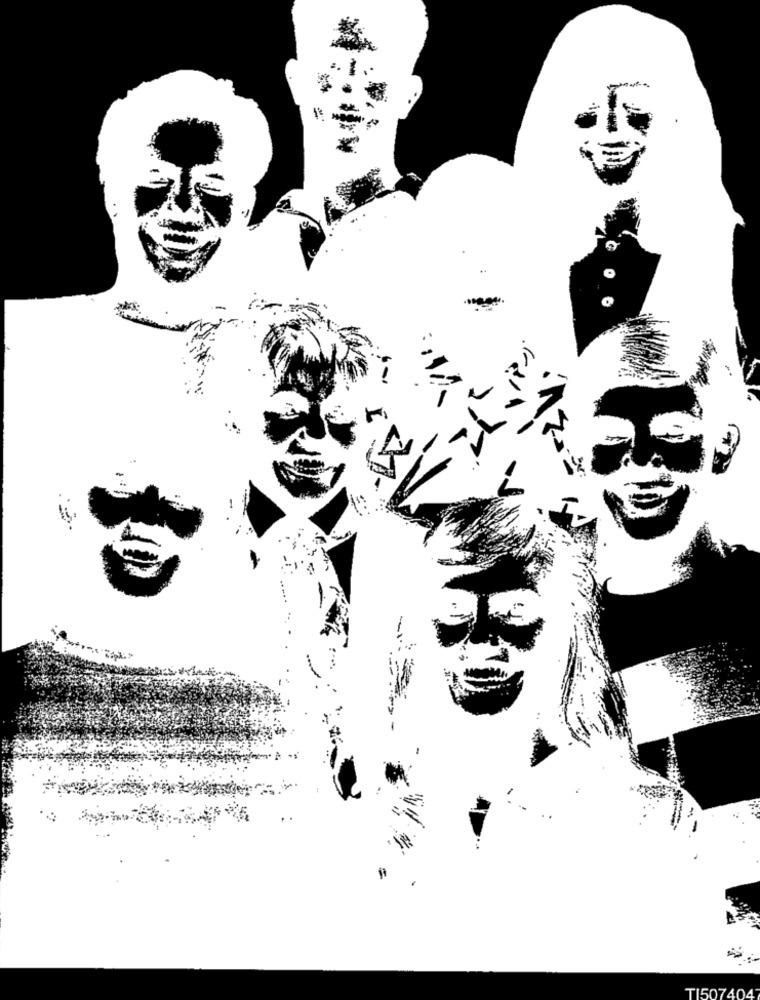
4
A
TI507404